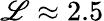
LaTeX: {\mathscr{L}}\approx 2.5